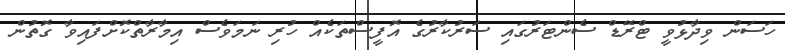
ހަސަން ވިދާޅުވީ ޓްރޭޑް ސެންޓަރުގައި ސަރުކާރުގެ އޮފީސްތަކެއް ހުރި ނަމަވެސް އިމާރާތްކޮށްފައިވާ ގޮތުން